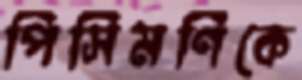
পিসিমণিকে